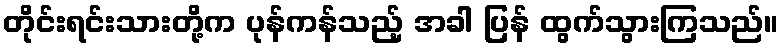
တိုင်းရင်းသားတို့က ပုန်ကန်သည့် အခါ ပြန် ထွက်သွားကြသည်။